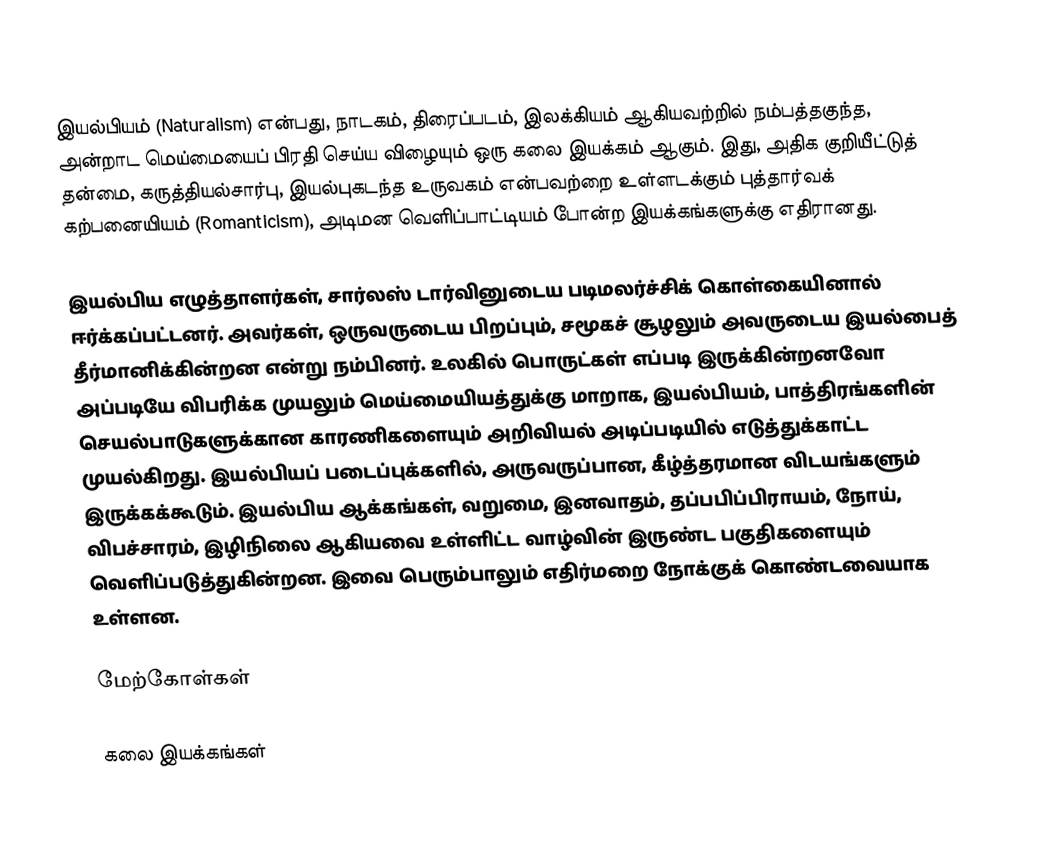
இயல்பியம் (Naturalism) என்பது, நாடகம், திரைப்படம், இலக்கியம் ஆகியவற்றில் நம்பத்தகுந்த, அன்றாட மெய்மையைப் பிரதி செய்ய விழையும் ஒரு கலை இயக்கம் ஆகும். இது, அதிக குறியீட்டுத் தன்மை, கருத்தியல்சார்பு, இயல்புகடந்த உருவகம் என்பவற்றை உள்ளடக்கும் புத்தார்வக் கற்பனையியம் (Romanticism), அடிமன வெளிப்பாட்டியம் போன்ற இயக்கங்களுக்கு எதிரானது.

இயல்பிய எழுத்தாளர்கள், சார்லஸ் டார்வினுடைய படிமலர்ச்சிக் கொள்கையினால் ஈர்க்கப்பட்டனர். அவர்கள், ஒருவருடைய பிறப்பும், சமூகச் சூழலும் அவருடைய இயல்பைத் தீர்மானிக்கின்றன என்று நம்பினர். உலகில் பொருட்கள் எப்படி இருக்கின்றனவோ அப்படியே விபரிக்க முயலும் மெய்மையியத்துக்கு மாறாக, இயல்பியம், பாத்திரங்களின் செயல்பாடுகளுக்கான காரணிகளையும் அறிவியல் அடிப்படியில் எடுத்துக்காட்ட முயல்கிறது. இயல்பியப் படைப்புக்களில், அருவருப்பான, கீழ்த்தரமான விடயங்களும் இருக்கக்கூடும். இயல்பிய ஆக்கங்கள், வறுமை, இனவாதம், தப்பபிப்பிராயம், நோய், விபச்சாரம், இழிநிலை ஆகியவை உள்ளிட்ட வாழ்வின் இருண்ட பகுதிகளையும் வெளிப்படுத்துகின்றன. இவை பெரும்பாலும் எதிர்மறை நோக்குக் கொண்டவையாக உள்ளன.

மேற்கோள்கள்

கலை இயக்கங்கள்